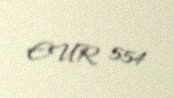
EUR 554